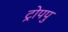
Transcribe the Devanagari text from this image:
ट्रोपपु